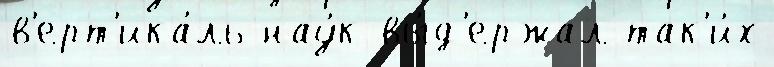
в'ерт'ика́ль нау́к вы́д'ержал так'и́х